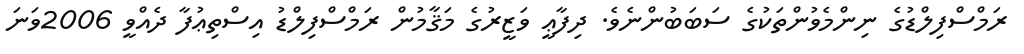
ރަމްސްފިލްޑުގެ ނިންމެވުންތަކުގެ ސަބަބުންނެވެ. ދިފާޢީ ވަޒީރުގެ މަޤާމުން ރަމްސްފިލްޑު އިސްތިޢުފާ ދެއްވީ 2006ވަނަ